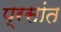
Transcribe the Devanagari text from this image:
प्रसांत